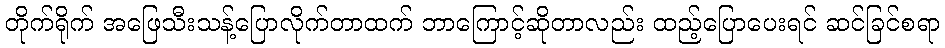
တိုက်ရိုက် အဖြေသီးသန့်ပြောလိုက်တာထက် ဘာကြောင့်ဆိုတာလည်း ထည့်ပြောပေးရင် ဆင်ခြင်စရာ